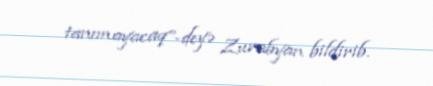
tanımayacaq”-deyə Zurabyan bildirib.